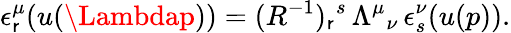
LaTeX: \epsilon_{\mathsf{r}}^{\mu}(u(\Lambdap))=(R^{-1})_{\mathsf{r}}{}^{s}\, \Lambda^{\mu}{}_{\nu}\, \epsilon_{s}^{\nu}(u(p)).